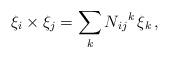
LaTeX: \begin{align*}\xi_i \times \xi_j = \sum_k N_{ij} {}^k \, \xi_k \,,\end{align*}